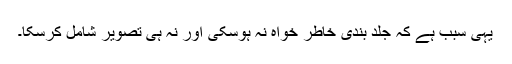
یہی سبب ہے کہ جلد بندی خاطر خواہ نہ ہوسکی اور نہ ہی تصویر شامل کرسکا۔